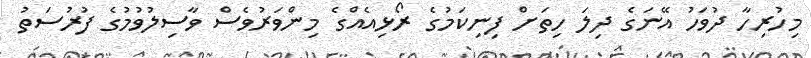
މިހުރިހާ ދުވަހު އޭނަގެ ދިލަ ހިތަށް ފިނިކަމުގެ ރޯޅިއެއްގެ މިންވަރުވެސް ވާސިލުވުމުގެ ފުރުސަތު